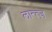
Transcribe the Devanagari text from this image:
लान्त्ज़